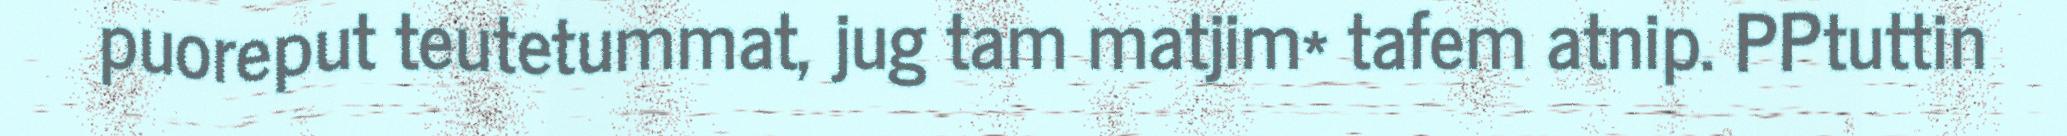
puoreput teutetummat, jug tam matjim* tafem atnip. PPtuttin